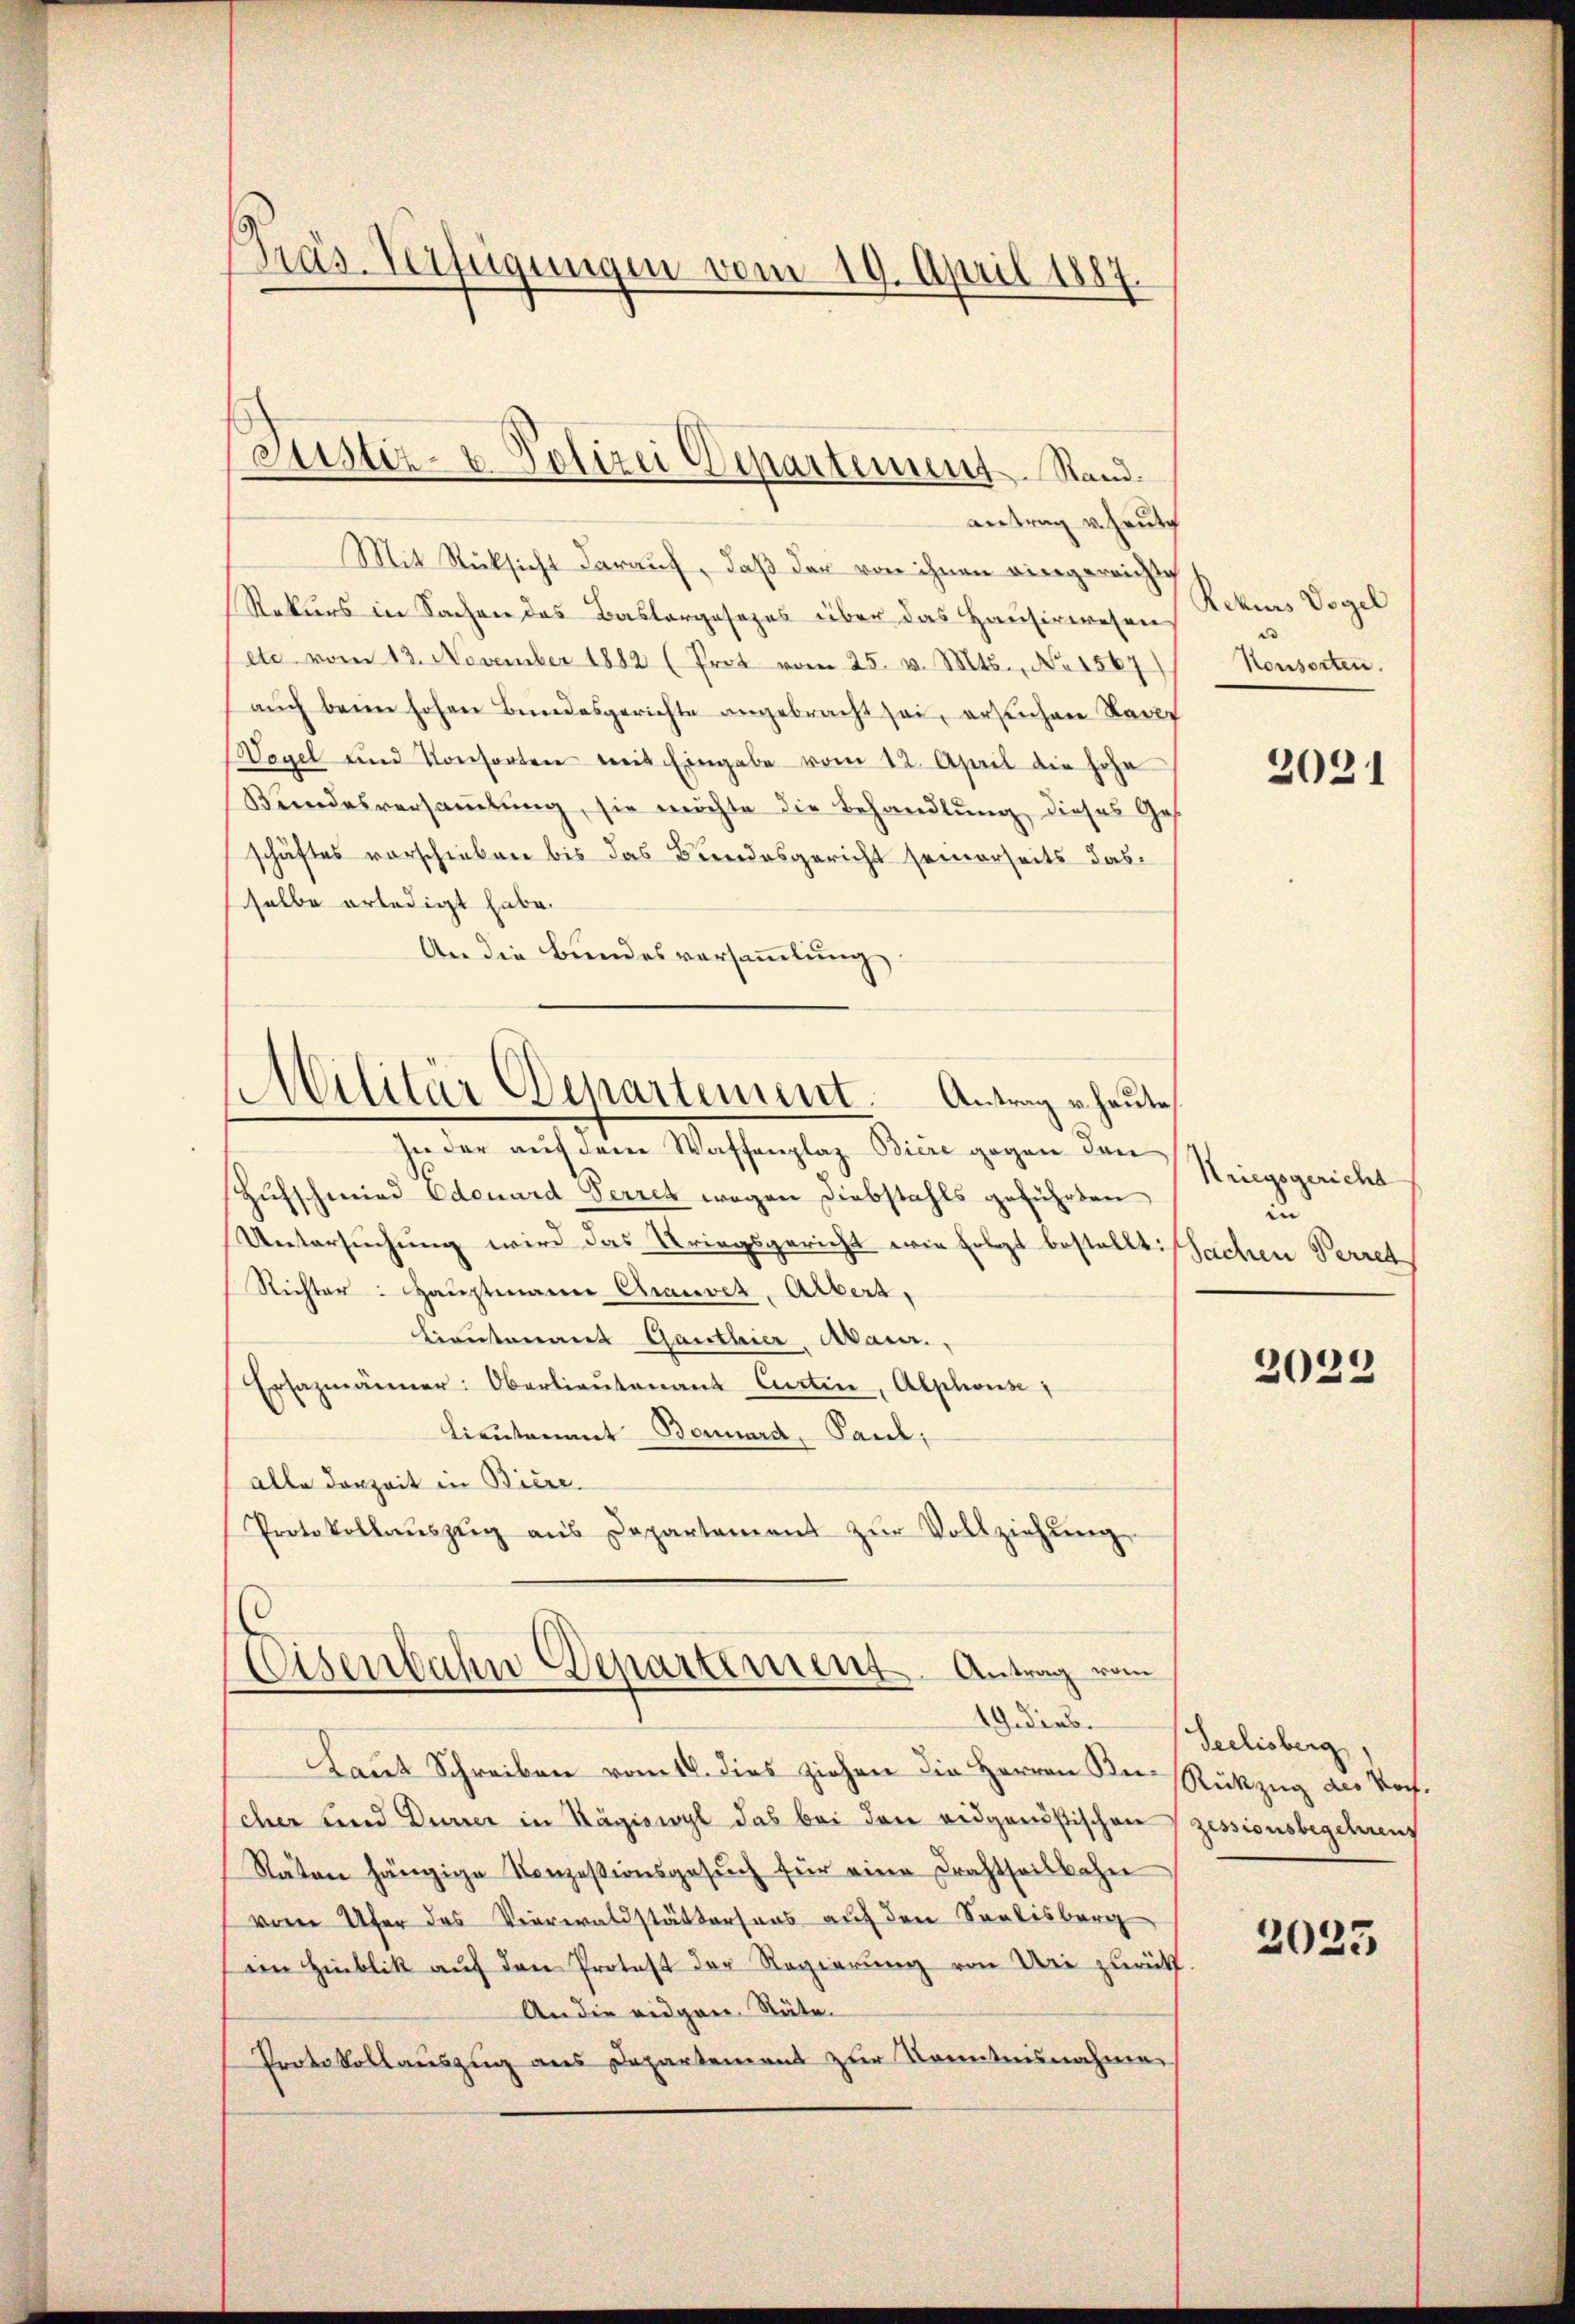
Pras-Verfügungen vom 19. April 1887

antrag v. heute
Mit Rücksicht darauf, daß der von ihnen eingereichte
Rekurs in Sachen das Baslergesezes über das Hausirwesen
etc. vom 13. November 1882 (Prot vom 25. v. Mts., No 1567)
auch beim hohen Bundesgerichte angebracht sei, ersuchen Kant
Wegel und Konsorten mit Eingabe vom 12. April die hohe
Bundesversaṁlŭng, sie möchte die Behandlŭng dieses Ges.
schäftes vorschieben bis das Bundesgericht seinerseits das
selbe erledigt habe.
An die Bundesversammlung
In der auf dene Waffenplaz Biere gegen den
Zŭfschmied Edouard Perret wegen Diebstahls geführten
Untersuchung wird das Kriegsgericht wie folgt bestellt: Sachen Perret
Richter: Hauptmann Chauver, Albert,
Lieutenant Ganthier, Abar.,
Ersazmänner: Oberlieutenant Curtin, Alphonse
Lieutenant Bonnard, Paul,
alle Dorzeit in Biere.
Protokollaŭszŭg ans Departement zŭr Vollziehŭng
Eisenbahn Departement Antrag vom
19. Dieb.
Laut Schreiben vom 18. dies ziehen die Herren Kucher und Dürrer in Rägiswyl das bei den eidgenöstischenzessionsbegehreng
Stäten hängige Konzessionsgesŭch für eine Frachtheilbahne
vom Ufer das Veneraldstättersans auf den Seelisberg
ein Hinblik auf den Protest der Regierung von Uri zurück
An die eidgen. Stäte.
Protokollaŭszŭg ans Departement zur Kenntnisnahme

Justiz- & Polizei Departement. Rand.

Militär Departement. Antrag heute,

Rekurs Vogel
Konsorten.

2021

Kriegsgericht
in
2022

Seelisberg,
Rükzug des Noch.
2025